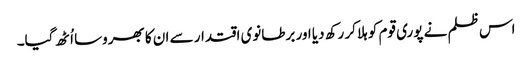
اس ظلم نے پوری قوم کو ہلا کر رکھ دیا اور برطانوی اقتدار سے ان کا بھروسا اُٹھ گیا۔